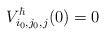
LaTeX: \begin{align*}V^\hbar_{i_0,j_0,j}(0)=0\end{align*}